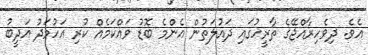
އެވެ. ދިވެހިރާއްޖޭގެ ތާރީހުގައި ދައުލަތުން އެންމެ ބޮޑު ވައްކަމެއް ކުރި އަހުމަދު އަދީބު